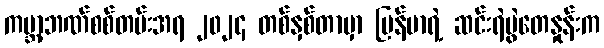
ကမ္ဘာ့ဘဏ်စစ်တမ်းအရ ၂၀၂၄ တစ်နှစ်တာမှာ မြန်မာရဲ့ ဆင်းရဲမွဲတေနှုန်းက